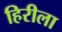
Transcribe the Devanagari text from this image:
हिरीला